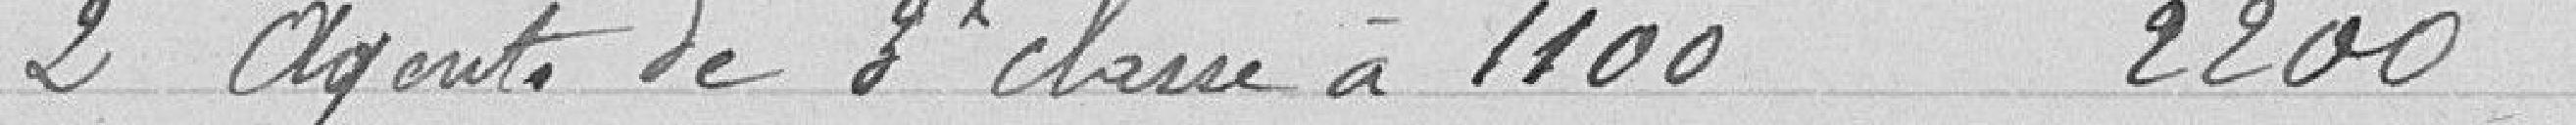
2 agents de troisième classe à 1100 2200